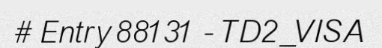
# Entry 88131 - TD2_VISA